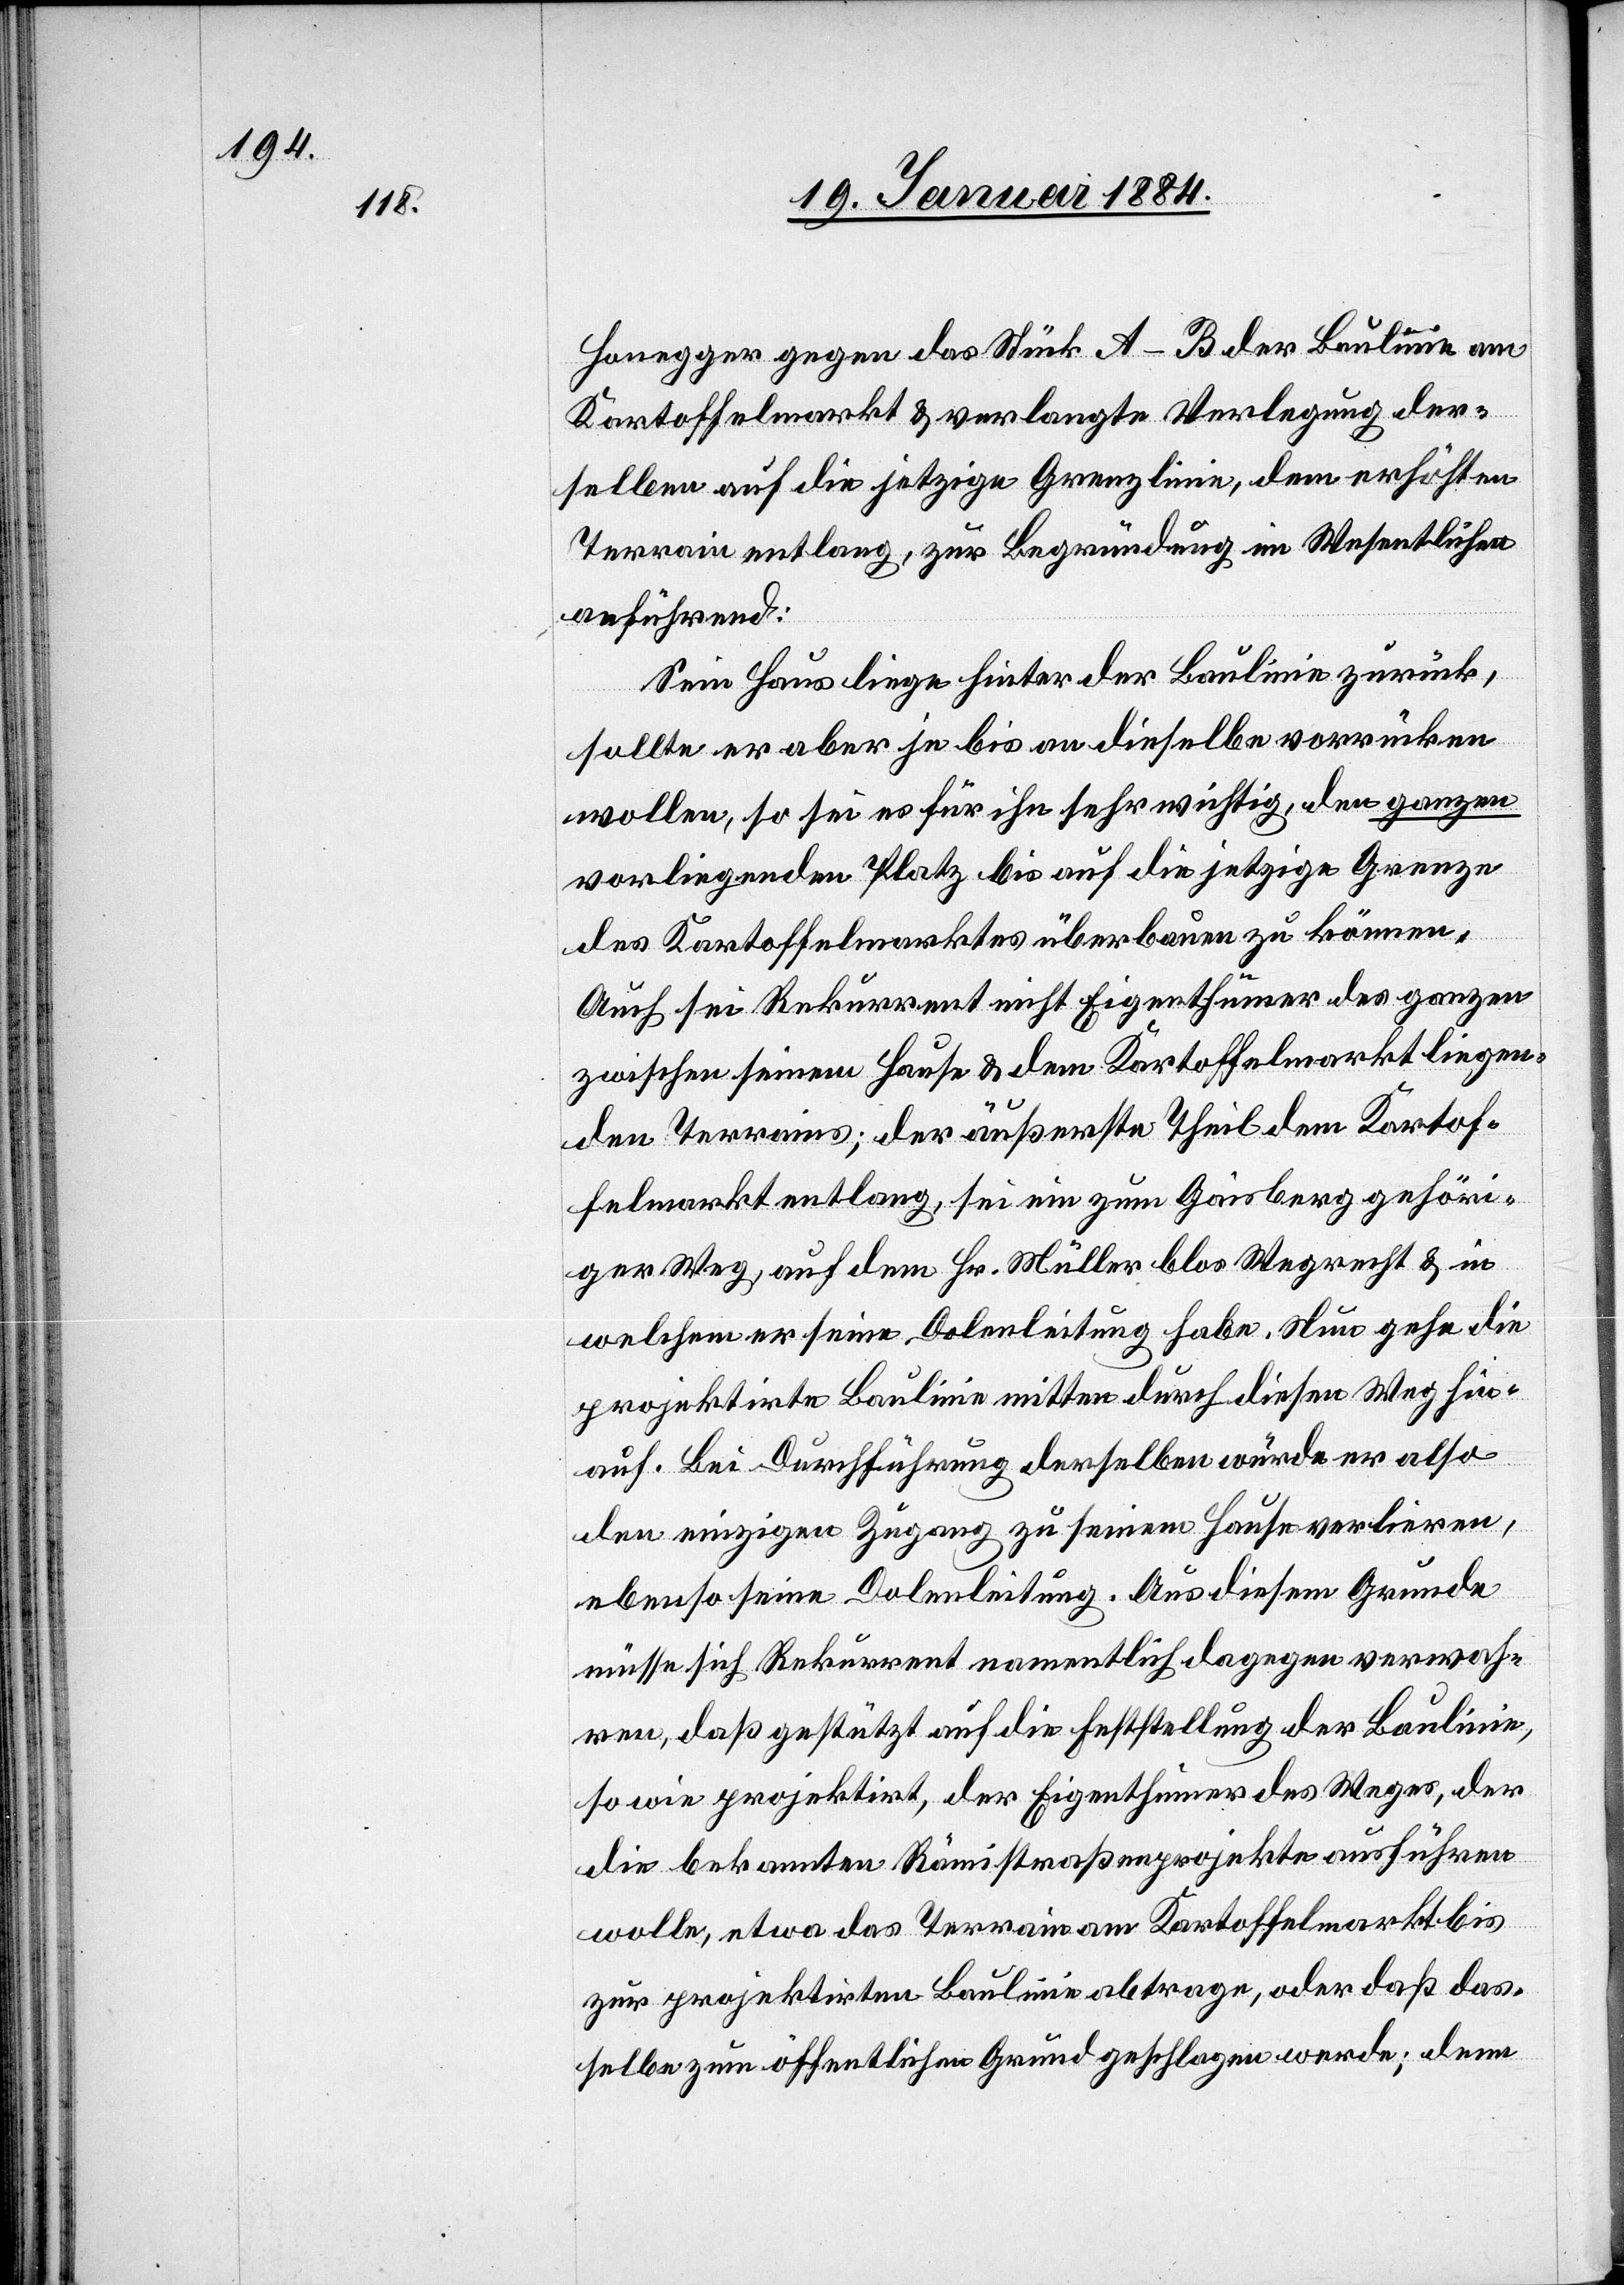
Honegger gegen das Stück A–B der Baulinie am
Kartoffelmarkt & verlangte Verlegung der¬
selben auf die jetzige Grenzlinie, dem erhöhten
Terrain entlang, zur Begründung im Wesentlichen
anführend:
Sein Haus liege hinter der Baulinie zurück,
sollte er aber je bis an dieselbe vorrücken
wollen, so sei es für ihn sehr wichtig, den ganzen
vorliegenden Platz bis auf die jetzige Grenze
des Kartoffelmarktes überbauen zu können.
Auch sei Rekurrent nicht Eigenthümer des ganzen
zwischen seinem Hause & dem Kartoffelmarkt liegen¬
den Terrains; der äußerste Theil dem Kartof¬
felmarkt entlang, sei ein zum Gaisberg gehören¬
der Weg, auf dem Hr. Müller blos Wegrecht & in
welchem er seine Dohlenleitung habe. Nun gehe die
projektirte Baulinie mitten durch diesen Weg hin¬
auf. Bei Durchführung derselben würde er also
den einzigen Zugang zu seinem Hause verlieren,
ebenso seine Dohlenleitung. Aus diesem Grunde
müsse sich Rekurrent namentlich dagegen verwah¬
ren, daß gestützt auf die Feststellung der Baulinie,
so wie projektirt, der Eigenthümer des Weges, der
die bekannten Rämistraßenprojekte ausführen
wolle, etwa das Terrain am Kartoffelmarkt bis
zur projektirten Baulinie abtrage, oder daß das¬
selbe zum öffentlichen Grund geschlagen werde; denn